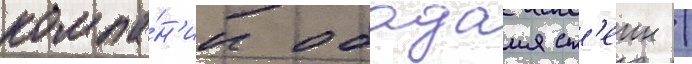
компа́н'ии обадаия ст'еин /